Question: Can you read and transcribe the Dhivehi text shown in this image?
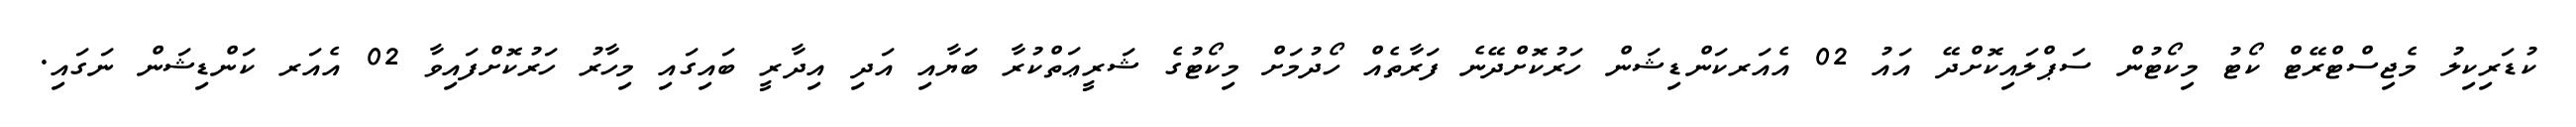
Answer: ކުޑަރިކިލު މެޖިސްޓްރޭޓް ކޯޓު މިކޯޓުން ސަޕްލައިކޮށްދޭ އައު 02 އެއަރކަންޑިޝަން ހަރުކޮށްދޭނެ ފަރާތެއް ހޯދުމަށް މިކޯޓުގެ ޝަރީޢަތްކުރާ ބަޔާއި އަދި އިދާރީ ބައިގައި މިހާރު ހަރުކޮށްފައިވާ 02 އެއަރ ކަންޑިޝަން ނަގައި.